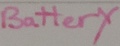
Text: Battery